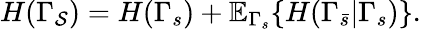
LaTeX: H(\Gamma_{\mathcal{S}})=H(\Gamma_{s})+\mathbb{E}_{\Gamma_{s}}\{ H(\Gamma_{\bar{s}}|\Gamma_{s})\} .